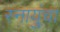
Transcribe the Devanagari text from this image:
स्नायुंचा